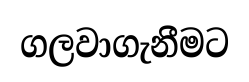
ගලවාගැනීමට